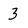
Character: 3